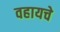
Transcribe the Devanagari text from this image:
वहायचे